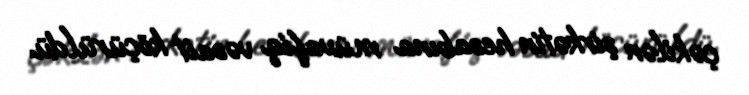
çəkilən şirkətin hesabına müvafiq vəsait köçürüldü.